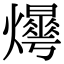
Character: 𤑼